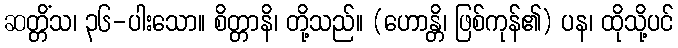
ဆတ္တိံသ၊ ၃၆-ပါးသော။ စိတ္တာနိ၊ တို့သည်။ (ဟောန္တိ၊ ဖြစ်ကုန်၏) ပန၊ ထိုသို့ပင်